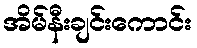
အိမ်နီးချင်းကောင်း